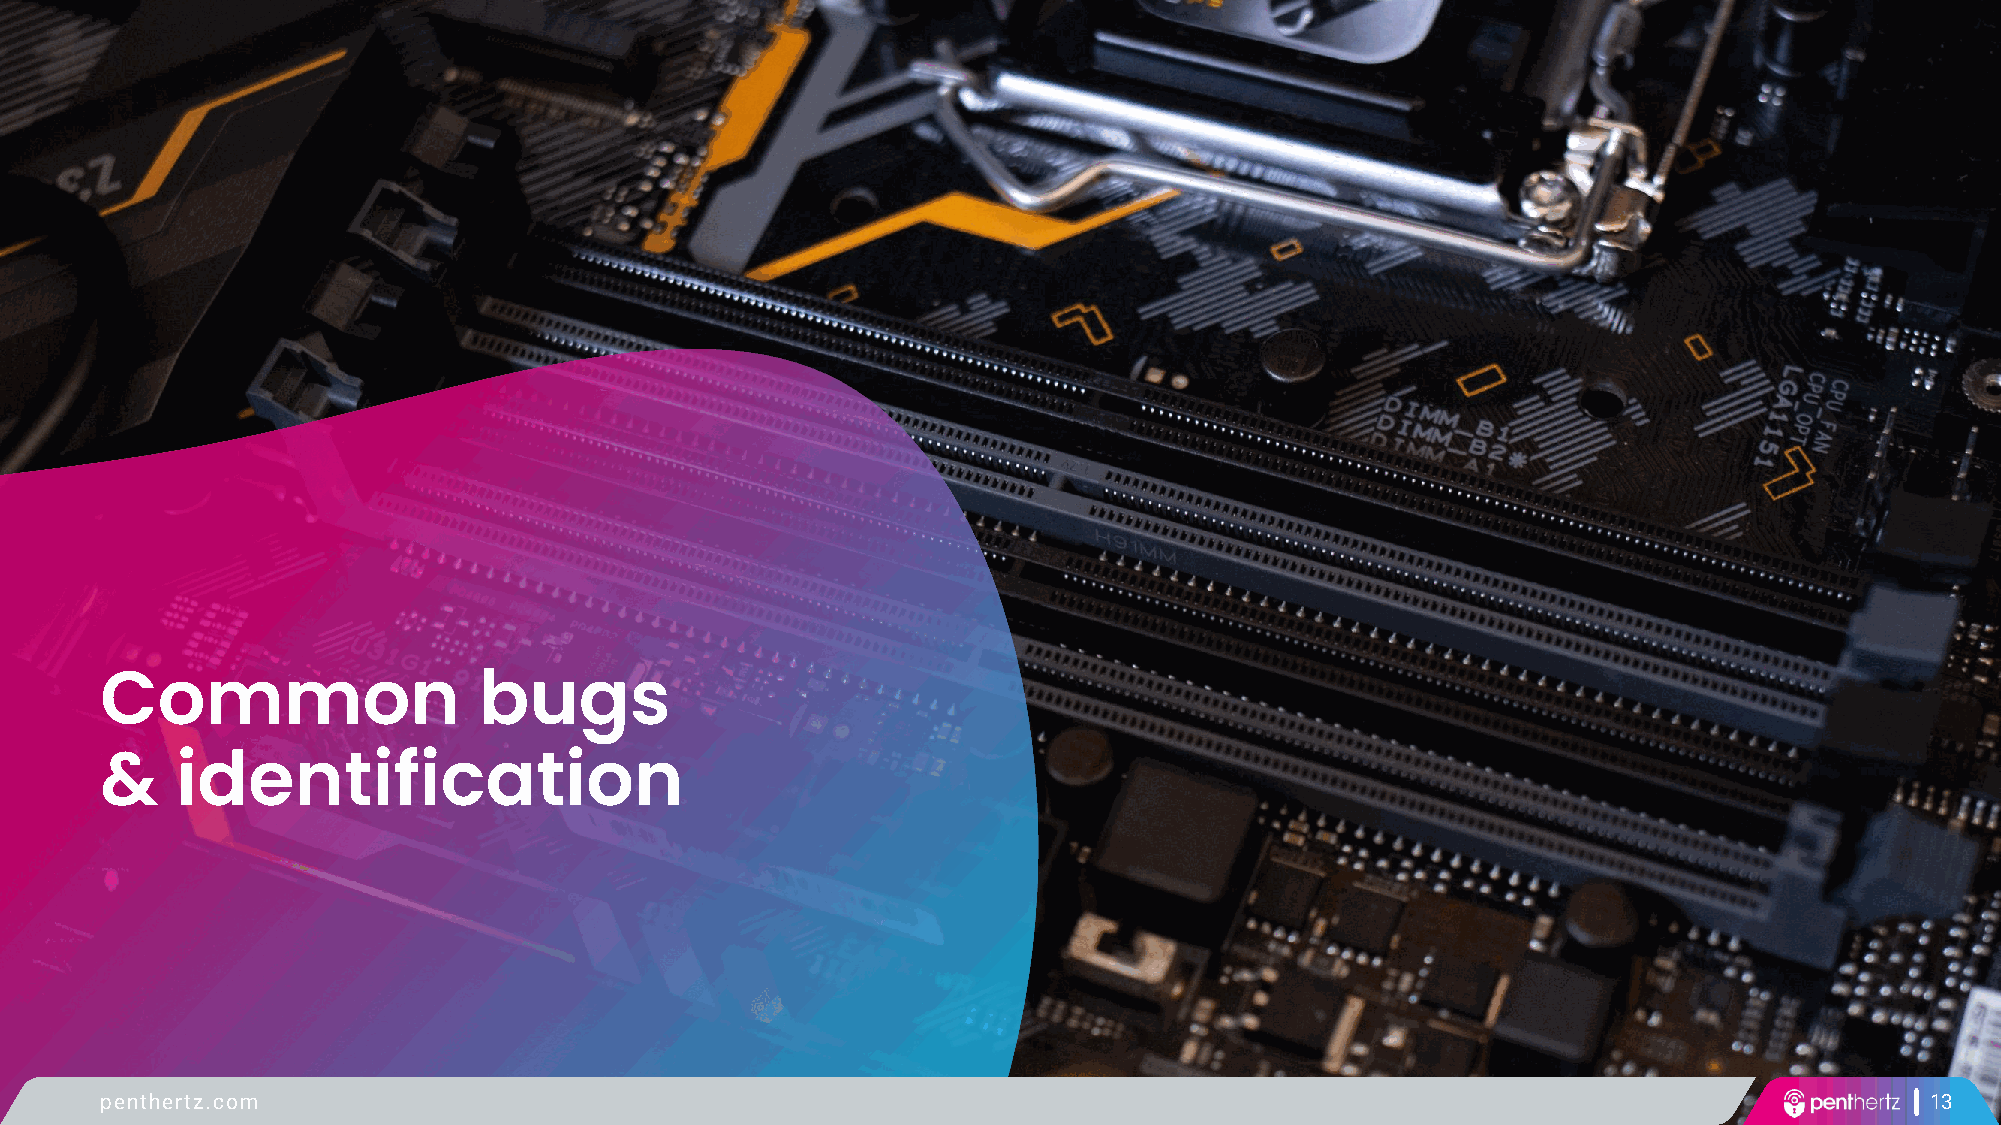
Common                   bugs
 &    identification
 penthertz.com                                                                                                            13